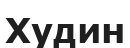
Худин